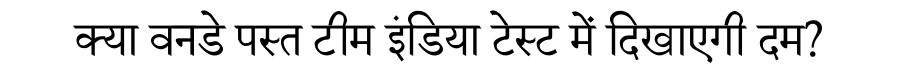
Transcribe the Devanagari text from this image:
क्या वनडे पस्त टीम इंडिया टेस्ट में दिखाएगी दम?